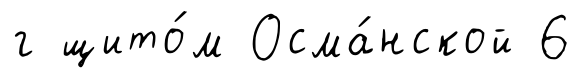
г щито́м Осма́нской 6